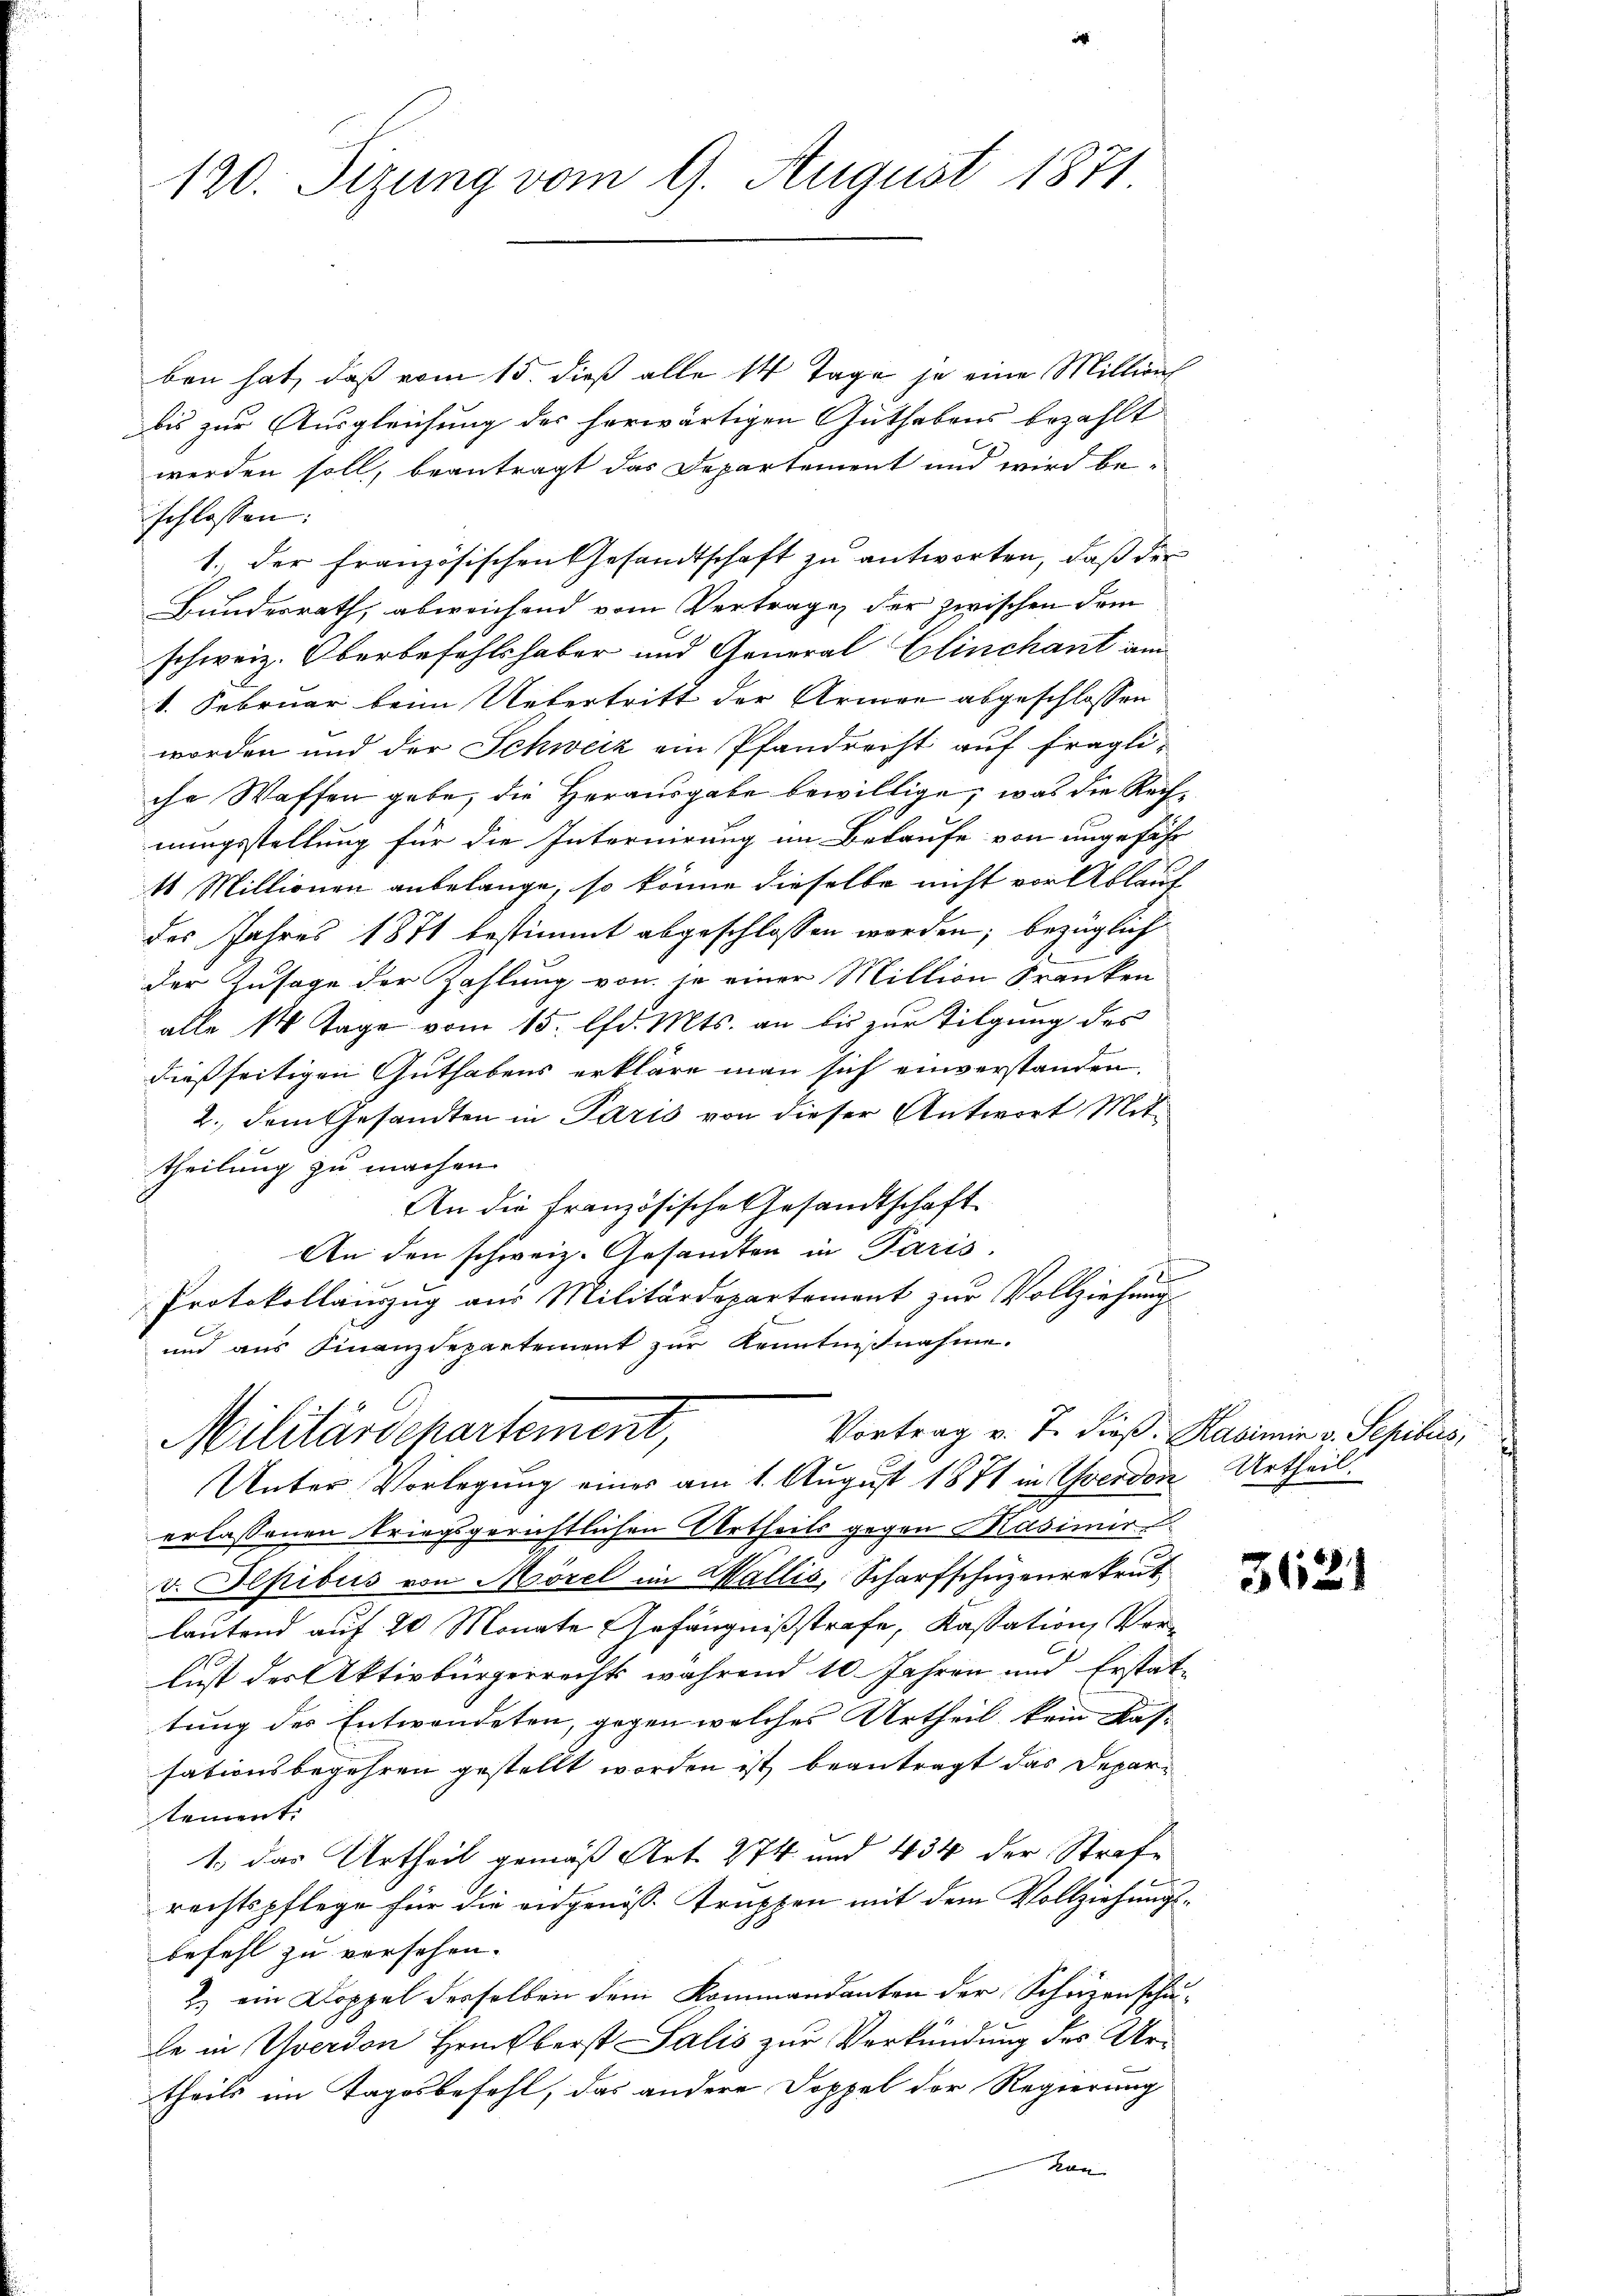
120. Sizung vom 9. August 1871

ben hat, daß vom 15. dieß alle 14 Tage je eine Millire
bis zur Ausgleichung der herwärtigen Guthabens bezahlt
werden soll, beantragt das Departement und wird be-
schlossen:
1.) Der französischen Gesandtschaft zu antworten, daß der
Bundesrath, abweichend vom Vertrage der zwischen dem
schweiz. Oberbefehlshaber und General Clinchant am
v. Februar beim Uebertritt der Armee abgeschlossen
worden und der Schweiz ein Pfandrecht auf fragliche Waffen gebe, die Herausgabe bewillige, was die Rechnungsstellung für die Internirung im Bekaufe von ungefähr
11 Millionen anbelange, so könne dieselbe nicht vor Ablauf
des Jahres 1871 bestimmt abgeschlossen worden; bezüglich
der Zusage der Zahlung von je einer Million Franken
alle 14 Tage vom 15. d. Mts. an bis zur Tilgung des
dießseitigen Guthabens erkläre man sich einverstanden.
2., dem Gesandten in Paris von dieser Antwort Mit-
theilung zu machen.
An die französische Gesandtschaft
An den schweiz. Gesandten in Paris.
Protokollauszug aus Militärdepartement zur Vollziehungs-
und aus Finanzdepartement zur Kenntnißnahme.
Vortrag v. J. dieß. Kasimir v. Sepibus,
Militärdepartement,
Unter Vorlegung eines am 1. August 1871 in Yverdon Urtheil.
erlassenen kriegsgerichtlichen Urtheils gegen Masimir
v. Sepibus von Morel im Wallis, Scharfschüzenrekrut
lautend auf 20 Monate Gefängnißstrafe, Kassation Verlust des Aktivbürgerrechts während 10 Jahren und Erstat-
tung des Entwendeten, gegen welches Urtheil kein Kas-
sationsbegehren gestellt worden ist, beantragt das Departement.
1.) Das Urtheil gemäß Art. 274 und 434 der Strafe
rechtspflege für die eidgenöss. Truppen mit dem Vollziehungsbefehl zu versehen.
2.) ein Doppel desselben dem Kommandanten der Schäzenschule in Yverdon Hrückberst Salis zur Verkündung des Urtheils im Tagsbefehl, das andere Doppel der Regierung
han

3621